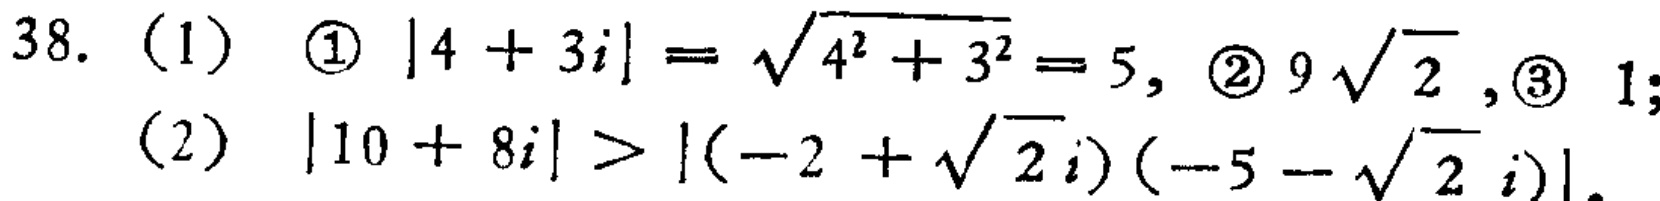
38. (1) \textcircled{1} \(|4 + 3i|=\sqrt{4^{2}+3^{2}} = 5\), \textcircled{2} \(9\sqrt{2}\), \textcircled{3} \(1\);

(2) \(|10 + 8i|>|(-2+\sqrt{2}i)(-5-\sqrt{2}i)|\).